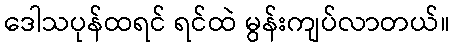
ဒေါသပုန်ထရင် ရင်ထဲ မွန်းကျပ်လာတယ်။